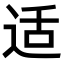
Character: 适